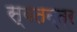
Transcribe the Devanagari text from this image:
स्बतन्त्र